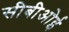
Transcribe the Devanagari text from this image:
सीबीओई